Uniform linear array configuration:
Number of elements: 12
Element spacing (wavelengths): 0.75
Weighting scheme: hamming
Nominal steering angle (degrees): -15
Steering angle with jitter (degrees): -13.332
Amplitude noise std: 0.05
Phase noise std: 0.05

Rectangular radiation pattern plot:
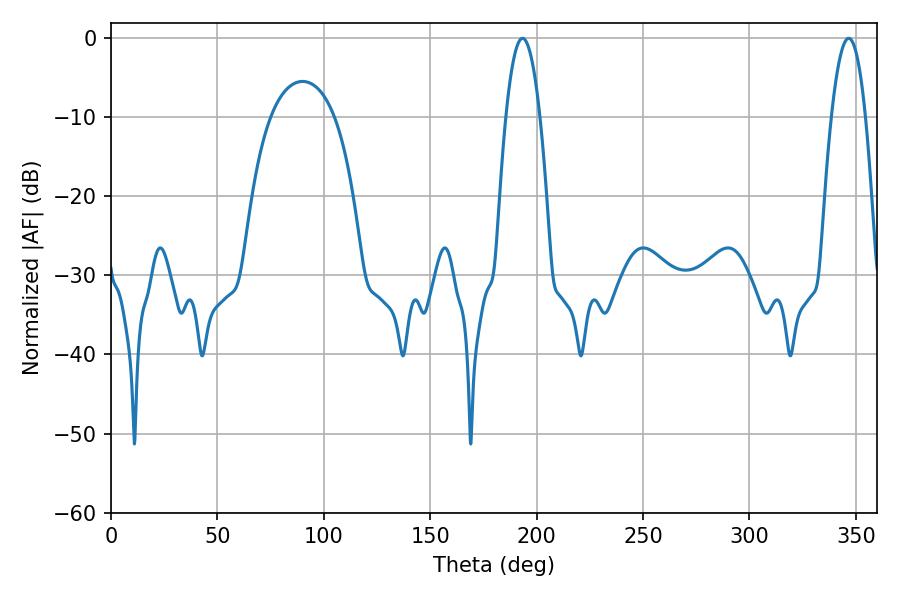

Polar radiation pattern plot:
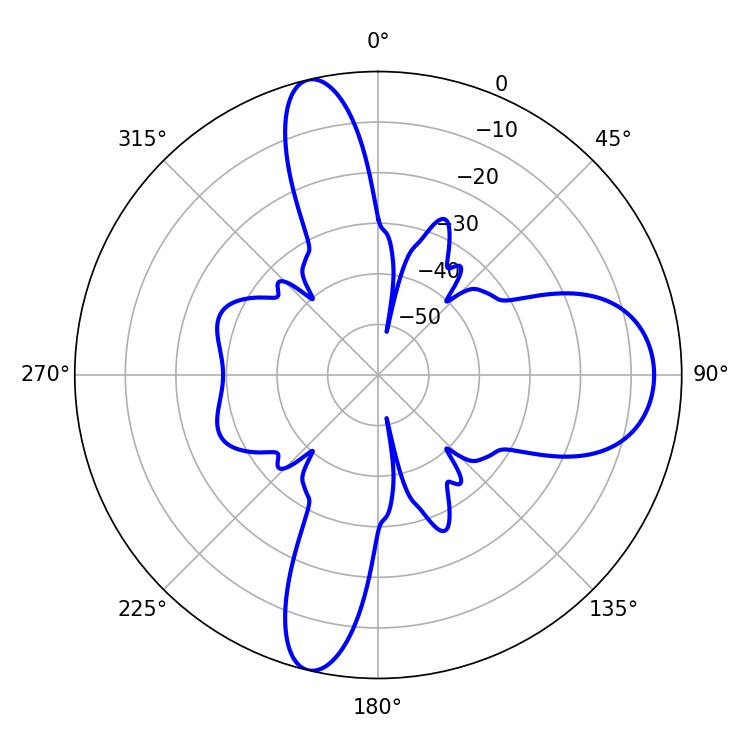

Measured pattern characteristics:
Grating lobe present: TRUE
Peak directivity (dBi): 16.29
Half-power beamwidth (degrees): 8.82
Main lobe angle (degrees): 193.32